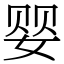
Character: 婴